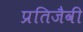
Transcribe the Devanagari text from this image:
प्रतिजैवी